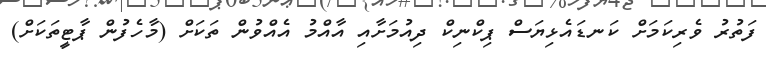
ފަތުރު ވެރިކަމަށް ކަނޑައެޅިޔަސް ޕިކްނިކް ދިއުމަށާއި އާއްމު އެއްވުން ތަކަށް (މާހެފުން ޕާޓީތަކަށް)